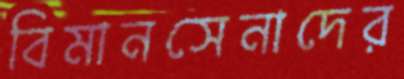
বিমানসেনাদের